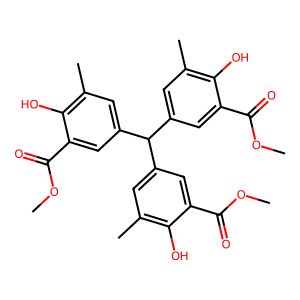
SMILES: COC(=O)c1cc(C(c2cc(C)c(O)c(C(=O)OC)c2)c2cc(C)c(O)c(C(=O)OC)c2)cc(C)c1O
Inhibits HIV replication: No